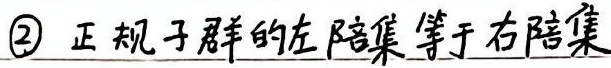
\textcircled{2} 正规子群的左陪集等于右陪集。